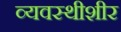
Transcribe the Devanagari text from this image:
व्यवस्थीशीर